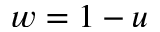
w = 1 - u